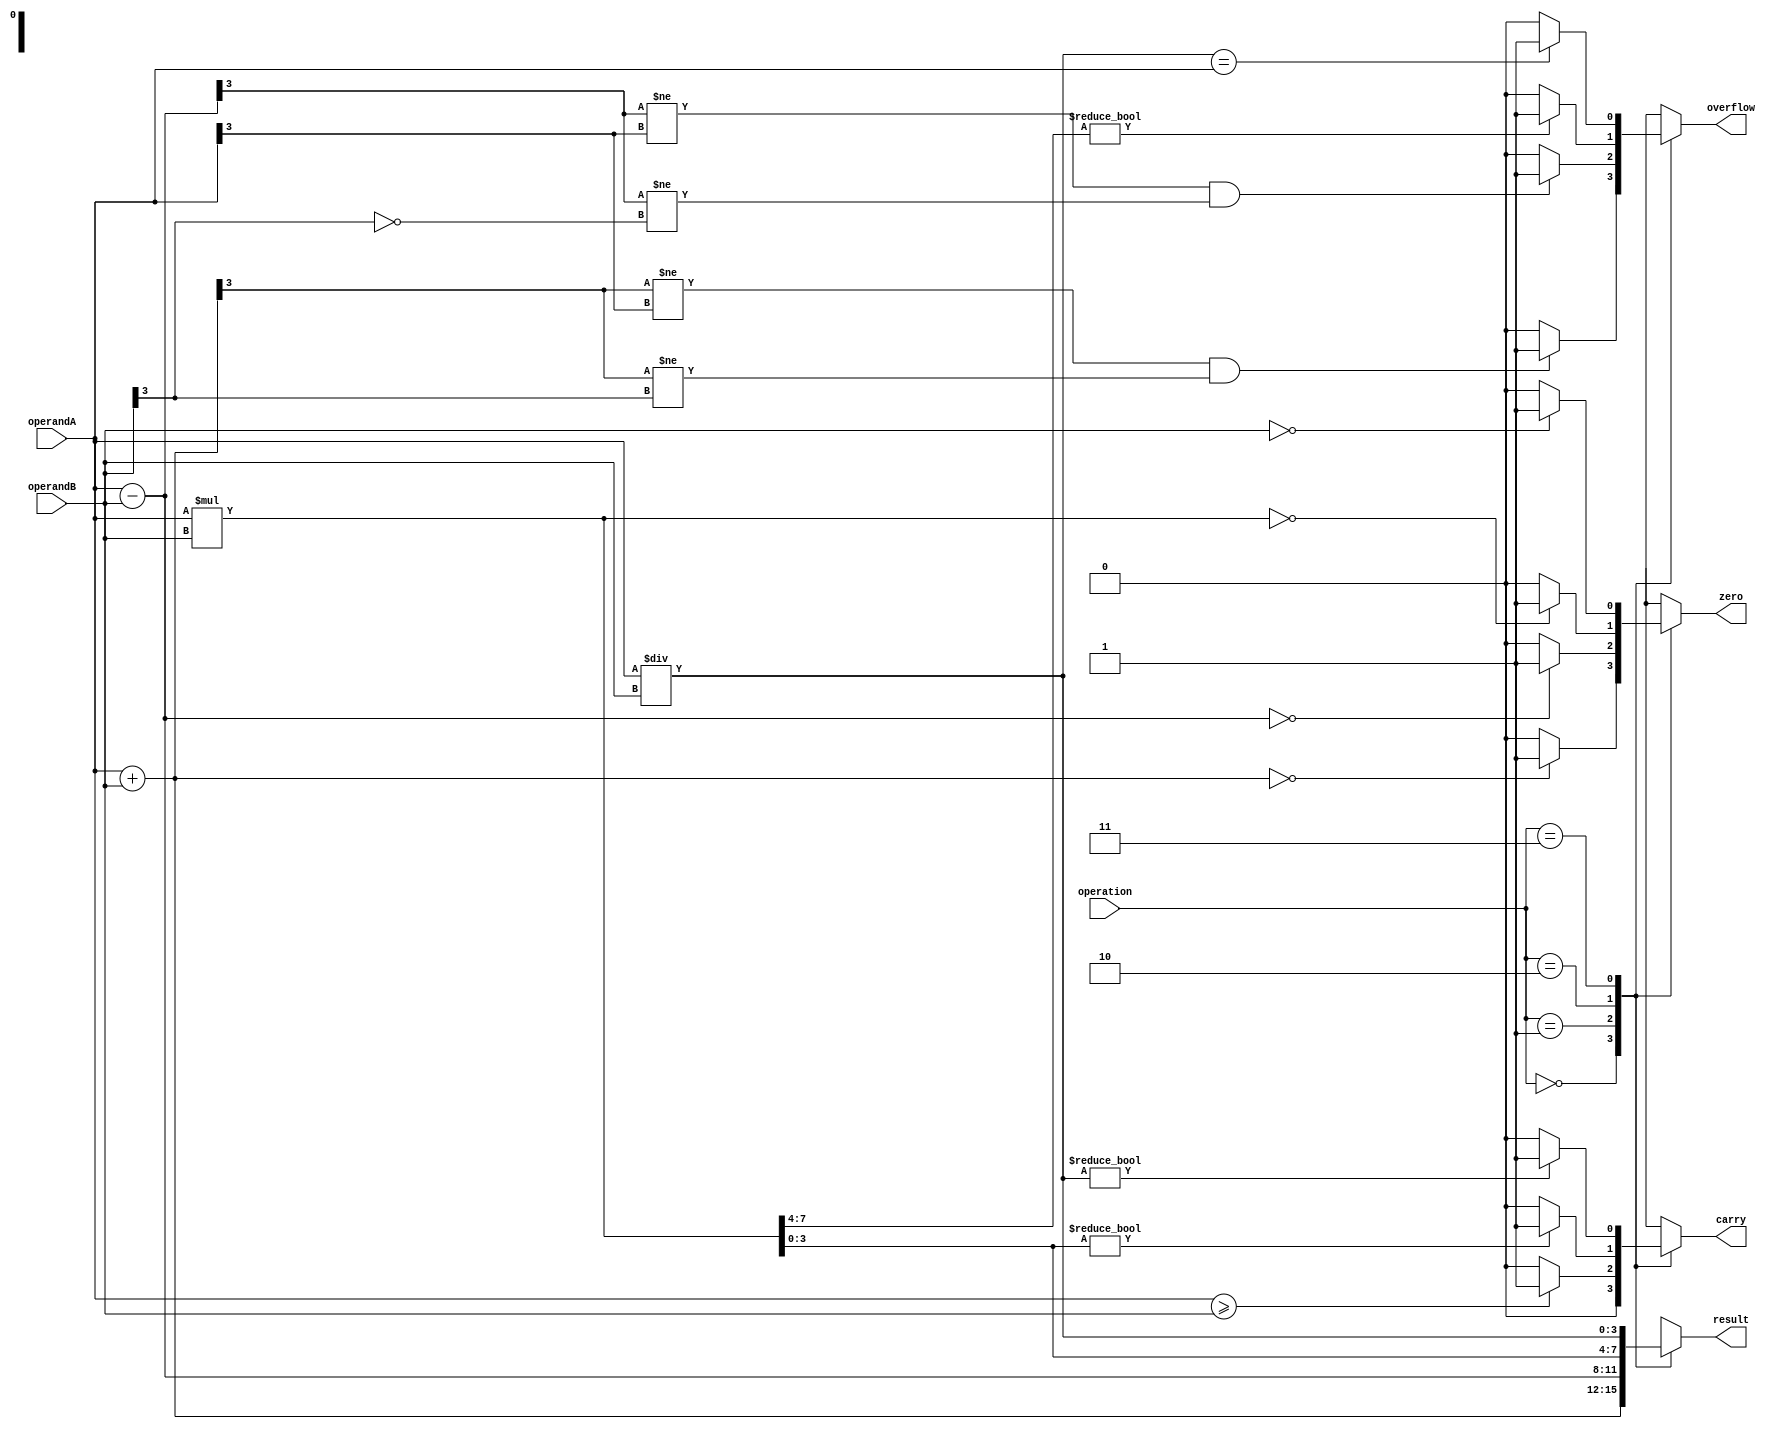
module ALU (
    input [3:0] operandA,
    input [3:0] operandB,
    input [1:0] operation,
    output [3:0] result,
    output overflow,
    output carry,
    output zero
);

// Arithmetic blocks for addition, subtraction, multiplication, and division
reg [3:0] addResult;
reg [3:0] subResult;
reg [7:0] mulResult;
reg [3:0] divResult;

// Flags for status indication
reg overflow;
reg carry;
reg zero;

always @ (*)
begin
    case(operation)
        2'b00: begin // Addition
            addResult = operandA + operandB;
            carry = (addResult[4] == 1) ? 1 : 0;
            overflow = (addResult[3] != operandA[3] && addResult[3] != operandB[3]) ? 1 : 0;
            zero = (addResult == 4'b0000) ? 1 : 0;
            result = addResult;
        end
        2'b01: begin // Subtraction
            subResult = operandA - operandB;
            carry = (operandA >= operandB) ? 1 : 0;
            overflow = (subResult[3] != operandA[3] && subResult[3] != ~operandB[3]) ? 1 : 0;
            zero = (subResult == 4'b0000) ? 1 : 0;
            result = subResult;
        end
        2'b10: begin // Multiplication
            mulResult = operandA * operandB;
            overflow = (mulResult[7:4] != 4'b0000) ? 1 : 0;
            carry = (mulResult[3:0] != 4'b0000) ? 1 : 0;
            zero = (mulResult[7:0] == 8'b00000000) ? 1 : 0;
            result = mulResult[3:0];
        end
        2'b11: begin // Division
            divResult = operandA / operandB;
            carry = (divResult[3:0] != 4'b0000) ? 1 : 0;
            overflow = (divResult[3:0] == operandA[3:0]) ? 1 : 0;
            zero = (operandB == 4'b0000) ? 1 : 0;
            result = divResult;
        end
    endcase
end

endmodule